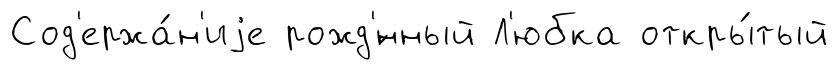
Сод'ержа́н'иjе рожд'́нный Л'юбка откры́тый